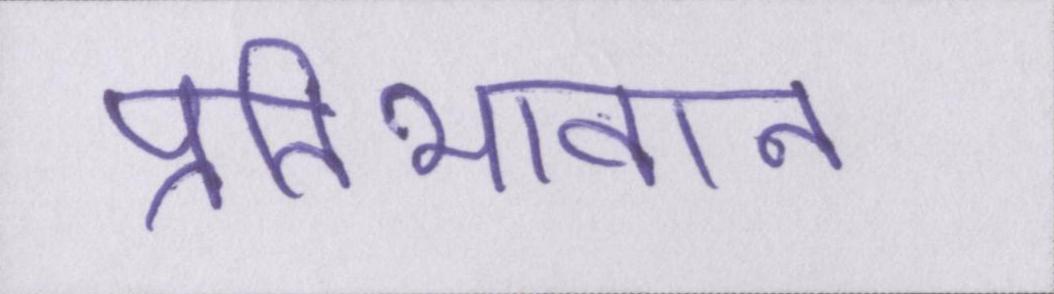
प्रतिभावान